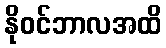
နိုဝင်ဘာလအထိ